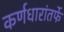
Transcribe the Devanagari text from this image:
कर्णधारांतर्फे